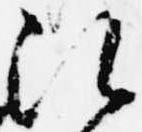
次